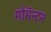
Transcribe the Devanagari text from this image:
मोमॅन्टम